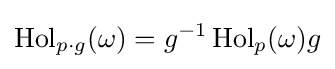
\operatorname {Hol} _{p\cdot g}(\omega )=g^{-1}\operatorname {Hol} _{p}(\omega )g